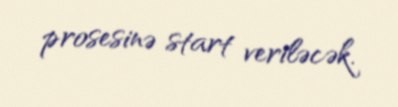
prosesinə start veriləcək.